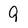
Character: 9